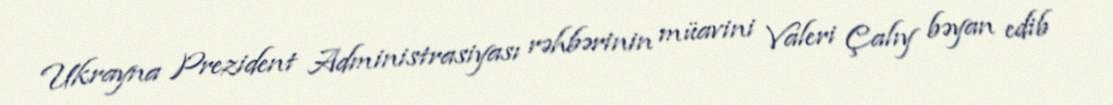
Ukrayna Prezident Administrasiyası rəhbərinin müavini Valeri Çalıy bəyan edib